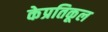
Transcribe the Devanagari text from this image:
केप्रतिकूल